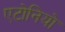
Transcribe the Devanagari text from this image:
एटोनियो